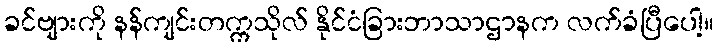
ခင်ဗျားကို နန်ကျင်းတက္ကသိုလ် နိုင်ငံခြားဘာသာဌာနက လက်ခံပြီပေါ့။